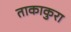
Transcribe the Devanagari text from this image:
ताकाकुरा